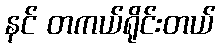
နင် တကယ်ရိုင်းတယ်